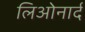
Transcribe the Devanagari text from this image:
लिओनार्द